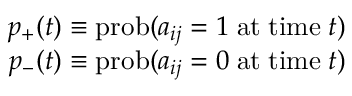
\begin{array} { r } { p _ { + } ( t ) \equiv \mathrm { p r o b } ( a _ { i j } = 1 \; \mathrm { a t } \; \mathrm { t i m e } \; t ) } \\ { p _ { - } ( t ) \equiv \mathrm { p r o b } ( a _ { i j } = 0 \; \mathrm { a t } \; \mathrm { t i m e } \; t ) } \end{array}